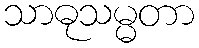
သာဓုသမ္မတာ